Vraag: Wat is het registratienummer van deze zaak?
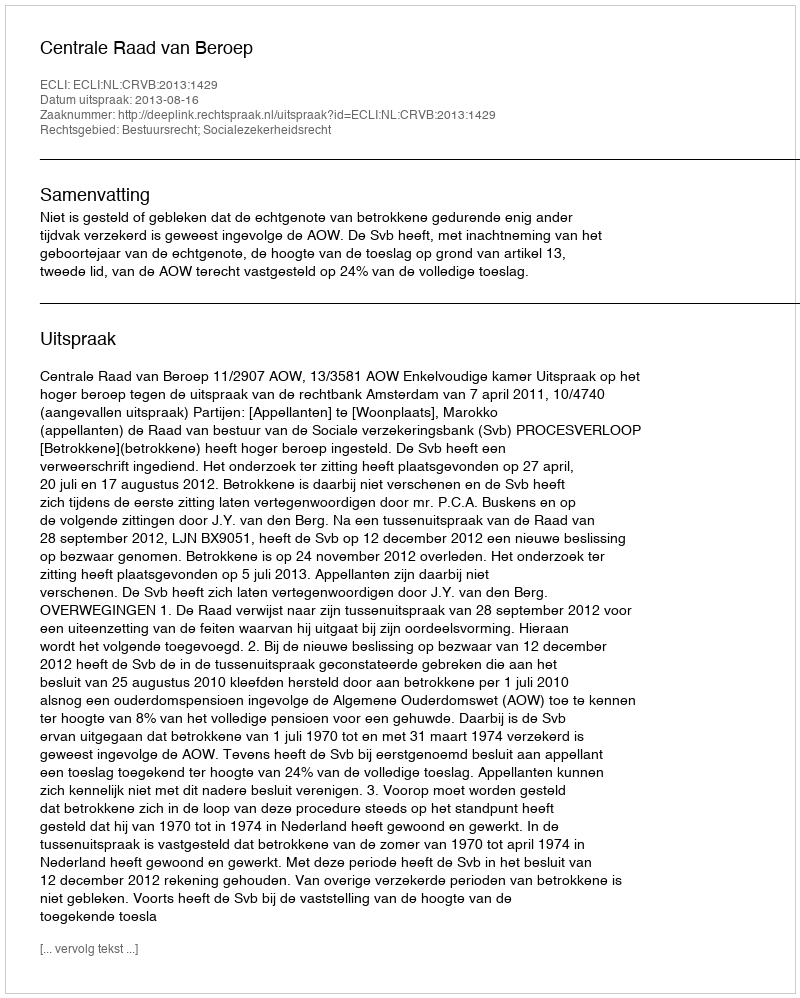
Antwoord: http://deeplink.rechtspraak.nl/uitspraak?id=ECLI:NL:CRVB:2013:1429